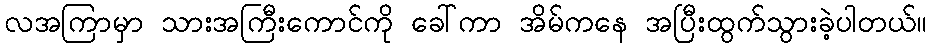
လအကြာမှာ သားအကြီးကောင်ကို ခေါ်ကာ အိမ်ကနေ အပြီးထွက်သွားခဲ့ပါတယ်။